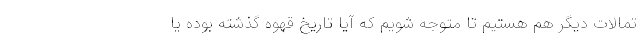
تمالات دیگر هم هستیم تا متوجه شویم که آیا تاریخ قهوه گذشته بوده یا